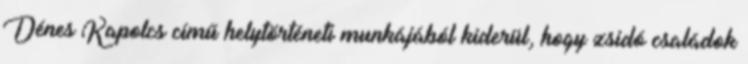
Dénes Kapolcs című helytörténeti munkájából kiderül, hogy zsidó családok